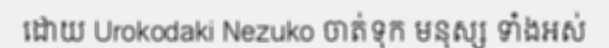
ដោយ Urokodaki Nezuko ចាត់ទុក មនុស្ស ទាំងអស់